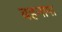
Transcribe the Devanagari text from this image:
बहनापा